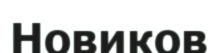
Новиков